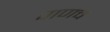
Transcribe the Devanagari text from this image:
पाणच